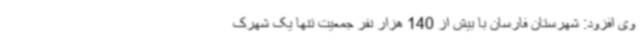
وی افزود: شهرستان فارسان با بیش از 140 هزار نفر جمعیت تنها یک شهرک